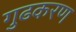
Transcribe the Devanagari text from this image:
गुढकरण